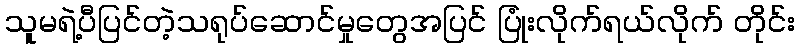
သူမရဲ့ပီပြင်တဲ့သရုပ်ဆောင်မှုတွေအပြင် ပြုံးလိုက်ရယ်လိုက် တိုင်း